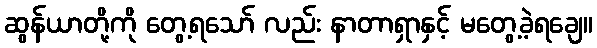
ဆွန်ယာတို့ကို တွေ့ရသော် လည်း နာတာရှာနှင့် မတွေ့ခဲ့ရချေ။